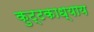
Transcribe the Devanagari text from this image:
कुट्टकाध्याय